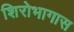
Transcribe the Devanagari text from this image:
शिरोभागास